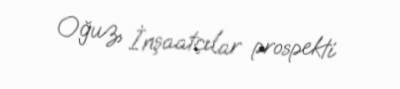
Oğuz, İnşaatçılar prospekti